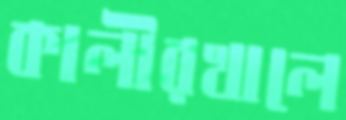
কালীরখালে